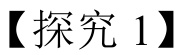
【探究 1】